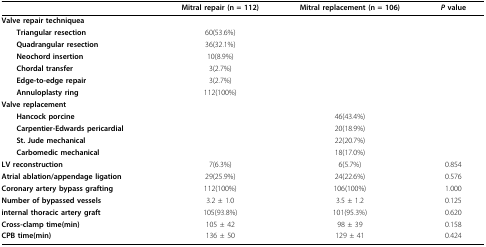
<table><thead><tr><td></td><td><b>Mitral repair (n = 112)</b></td><td><b>Mitral replacement (n = 106)</b></td><td><b><i>P </i>value</b></td></tr></thead><tbody><tr><td><b>Valve repair techniquea</b></td><td></td><td></td><td></td></tr><tr><td> <b>Triangular resection</b></td><td>60(53.6%)</td><td></td><td></td></tr><tr><td> <b>Quadrangular resection</b></td><td>36(32.1%)</td><td></td><td></td></tr><tr><td> <b>Neochord insertion</b></td><td>10(8.9%)</td><td></td><td></td></tr><tr><td> <b>Chordal transfer</b></td><td>3(2.7%)</td><td></td><td></td></tr><tr><td> <b>Edge-to-edge repair</b></td><td>3(2.7%)</td><td></td><td></td></tr><tr><td> <b>Annuloplasty ring</b></td><td>112(100%)</td><td></td><td></td></tr><tr><td><b>Valve replacement</b></td><td></td><td></td><td></td></tr><tr><td> <b>Hancock porcine</b></td><td></td><td>46(43.4%)</td><td></td></tr><tr><td> <b>Carpentier-Edwards pericardial</b></td><td></td><td>20(18.9%)</td><td></td></tr><tr><td> <b>St. Jude mechanical</b></td><td></td><td>22(20.7%)</td><td></td></tr><tr><td> <b>Carbomedic mechanical</b></td><td></td><td>18(17.0%)</td><td></td></tr><tr><td><b>LV reconstruction</b></td><td>7(6.3%)</td><td>6(5.7%)</td><td>0.854</td></tr><tr><td><b>Atrial ablation/appendage ligation</b></td><td>29(25.9%)</td><td>24(22.6%)</td><td>0.576</td></tr><tr><td><b>Coronary artery bypass grafting</b></td><td>112(100%)</td><td>106(100%)</td><td>1.000</td></tr><tr><td><b>Number of bypassed vessels</b></td><td>3.2 ± 1.0</td><td>3.5 ± 1.2</td><td>0.125</td></tr><tr><td><b>internal thoracic artery graft</b></td><td>105(93.8%)</td><td>101(95.3%)</td><td>0.620</td></tr><tr><td><b>Cross-clamp time(min)</b></td><td>105 ± 42</td><td>98 ± 39</td><td>0.158</td></tr><tr><td><b>CPB time(min)</b></td><td>136 ± 50</td><td>129 ± 41</td><td>0.424</td></tr></tbody></table>